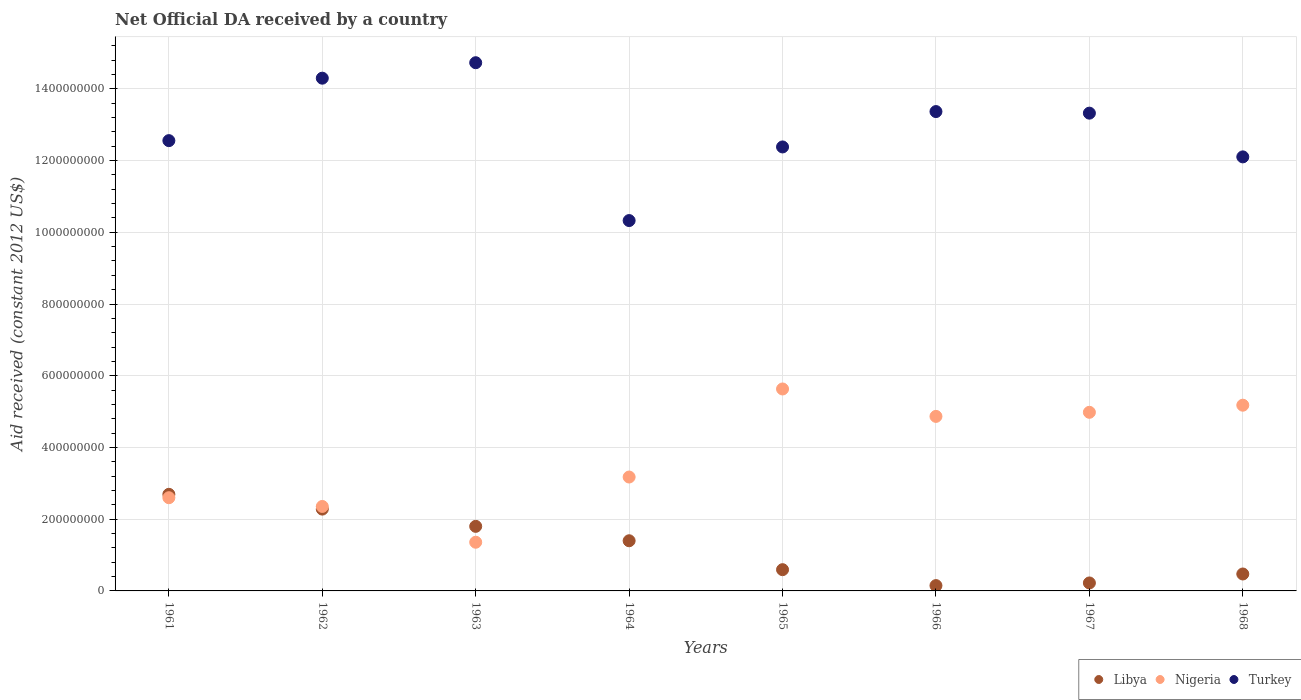
| Years | Libya | Nigeria | Turkey |
 | --- | --- | --- | --- |
 | 1961 | 2.69e+08 | 2.6e+08 | 1.26e+09 |
 | 1962 | 2.28e+08 | 2.36e+08 | 1.43e+09 |
 | 1963 | 1.8e+08 | 1.36e+08 | 1.47e+09 |
 | 1964 | 1.4e+08 | 3.18e+08 | 1.03e+09 |
 | 1965 | 5.92e+07 | 5.63e+08 | 1.24e+09 |
 | 1966 | 1.49e+07 | 4.87e+08 | 1.34e+09 |
 | 1967 | 2.22e+07 | 4.98e+08 | 1.33e+09 |
 | 1968 | 4.72e+07 | 5.18e+08 | 1.21e+09 |